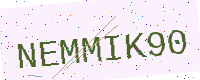
Text: NEMMIK90